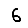
Digit: 6